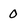
Character: 0